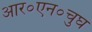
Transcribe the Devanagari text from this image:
आर०एन०चुघ